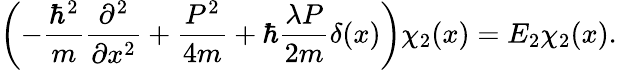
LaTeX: \left(-{\frac{\hbar^{2}}{m}}{\frac{\partial^{2}}{\partial x^{2}}}+{\frac{P^{2}}{4m}}+\hbar{\frac{\lambda P}{2m}}\delta(x)\right)\chi_{2}(x)=E_{2}\chi_{2}(x).